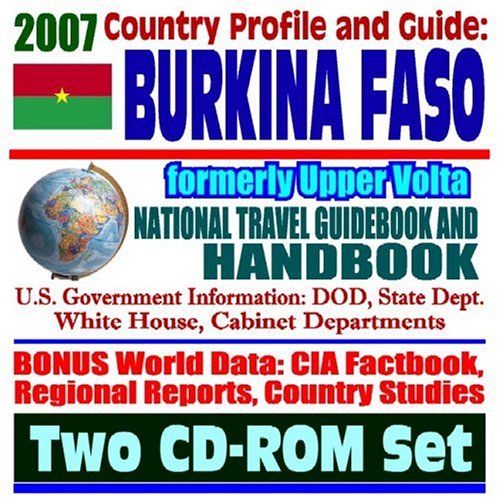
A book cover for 2007 Country Profile and Guide to Burkina Faso, formerly Upper Volta - National Travel Guidebook and Handbook - Economic Reports, USAID, Ouagadougou, ECONAS, Agriculture (Two CD-ROM Set); U.S. Government; Travel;